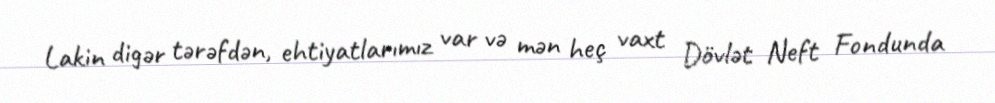
Lakin digər tərəfdən, ehtiyatlarımız var və mən heç vaxt Dövlət Neft Fondunda